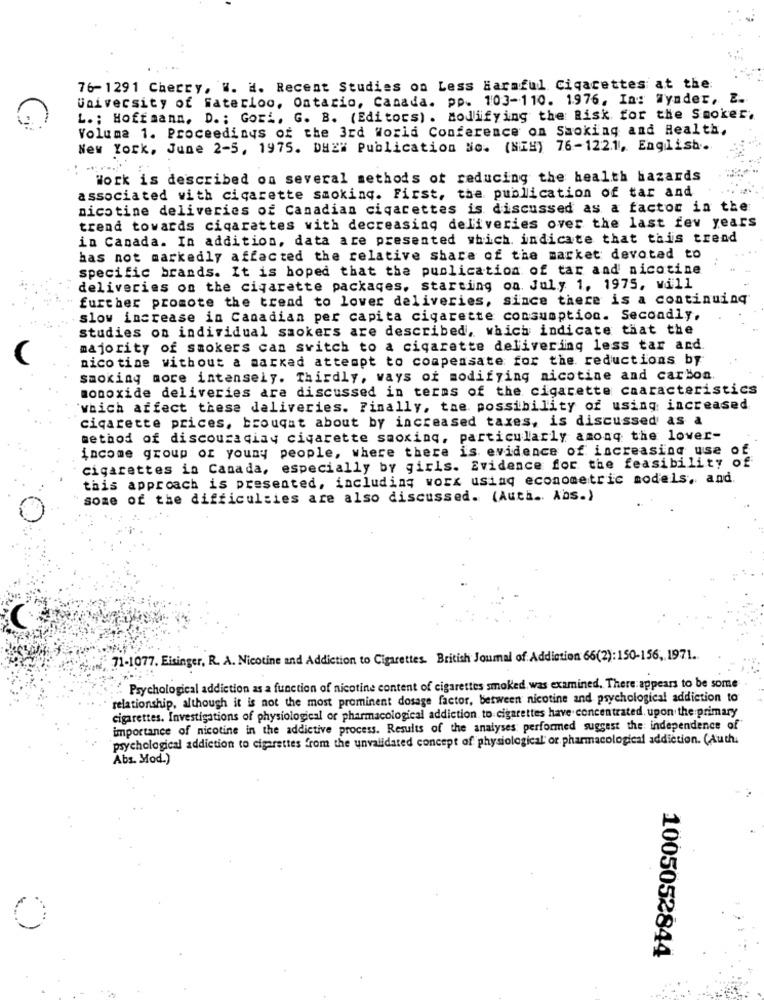
76-1291 Cherry, W. H. Recent Studies on Less Harmful Cigarettes at the:
University of Waterloo, Ontario, Canada. pp. 103-110. 1976, In: Wynder, Z.
L. ; Hoffmann, D. : Gori. G. B. (Editors) . Modifying the Risk for the Smoker.
Volume 1. Proceedings of the 3rd World Conference on Smoking and Health,
New York, June 2-5, 1975. DHZ" Publication No. (NIH) 76-1221, English.
Work is described on several methods of reducing the health hazards
associated with cigarette smoking. First, the publication of tar and
nicotine deliveries of Canadian cigarettes is discussed as a factor in the
trend towards cigarettes with decreasing deliveries over the last few years
in Canada. In addition, data are presented which indicate that this trend
has not markedly affected the relative share of the market devoted to
specific brands. It is hoped that the publication of tar and nicotine
deliveries on the cigarette packages, starting on July 1, 1975, will
further promote the trend to lover deliveries, since there is a continuing
slow increase in Canadian per capita cigarette consumption. Secondly.
studies on individual smokers are described, which indicate that the
majority of smokers can switch to a cigarette delivering less tar and
nicotine without a aarkad attempt to compensate for the. reductions by
smoking more intensely. Thirdly, ways of modifying nicotine and carbon.
monoxide deliveries are discussed in terms of the cigarette characteristics
which affect these deliveries. Finally, the possibility of using increased
cigarette prices, brouqat about by increased taxes, is discussed as a
method of discouraciay cigarette smoking, particularly among the lover-
income group of youny people, where there is evidence of increasing use of
cigarettes in Canada, especially by girls. Evidence for the feasibility of
this approach is presented, including worx using econometric models, and.
some of the difficulties are also discussed. (Auth .. Abs.)
71-1077. Eisinger, R. A. Nicotine and Addiction to Cigarettes. British Joumal of Addiction 66(2):150-156, 1971.
Psychological addiction as a function of nicotine content of cigarettes smoked, was examined. There appears to be some
relationship, although it is not the most prominent dosage factor, between nicotine and psychological addiction to
cigarettes. Investigations of physiological or pharmacological addiction. to cigarettes have concentrated. upon the primary
importance of nicotine in the addictive process. Results of the analyses; performed suggest the independence of
psychological addiction to cigarettes from the unvalidated concept of physiological' or pharmacological addiction. (Auth.
Abs. Mod.)
0
1005052844